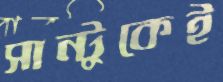
সান্টুকেই